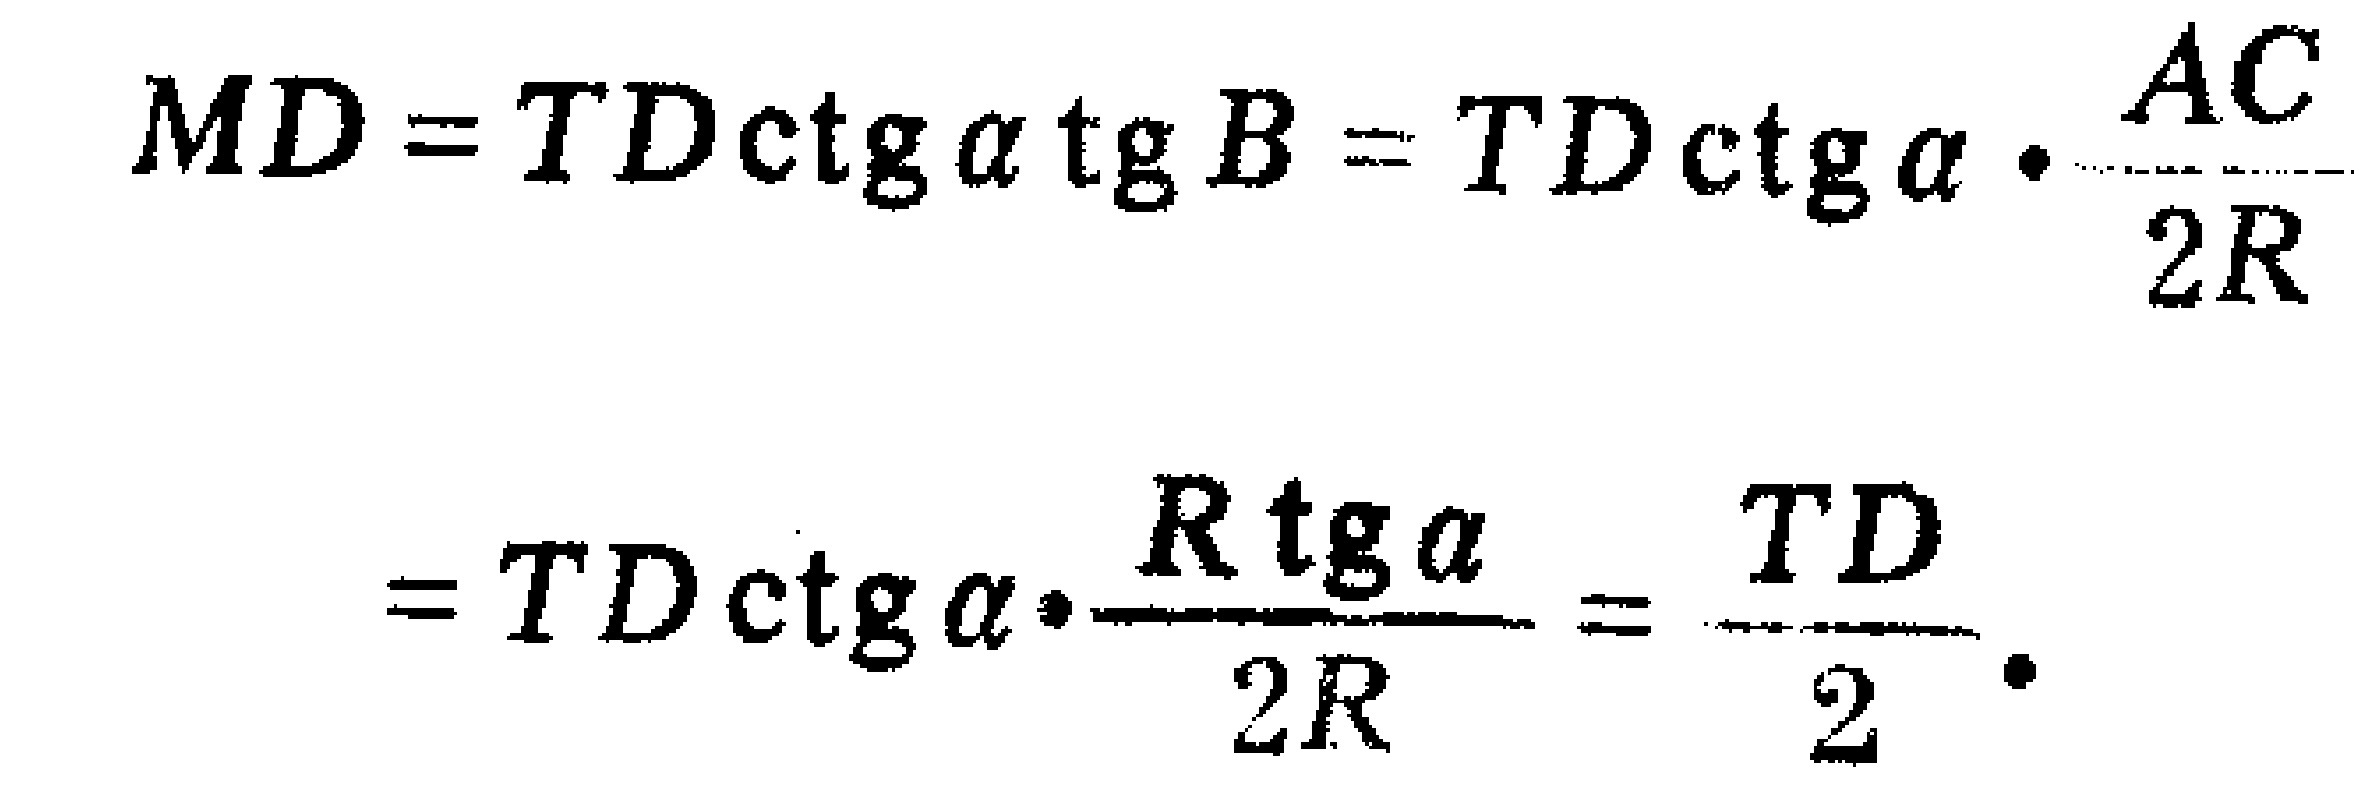
\[
\begin{align*}
MD&=TD\operatorname{ctg}\alpha\operatorname{tg}\beta = TD\operatorname{ctg}\alpha\cdot\frac{AC}{2R}\\
&=TD\operatorname{ctg}\alpha\cdot\frac{R\operatorname{tg}\alpha}{2R}=\frac{TD}{2}.
\end{align*}
\]